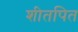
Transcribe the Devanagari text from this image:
शीतपित